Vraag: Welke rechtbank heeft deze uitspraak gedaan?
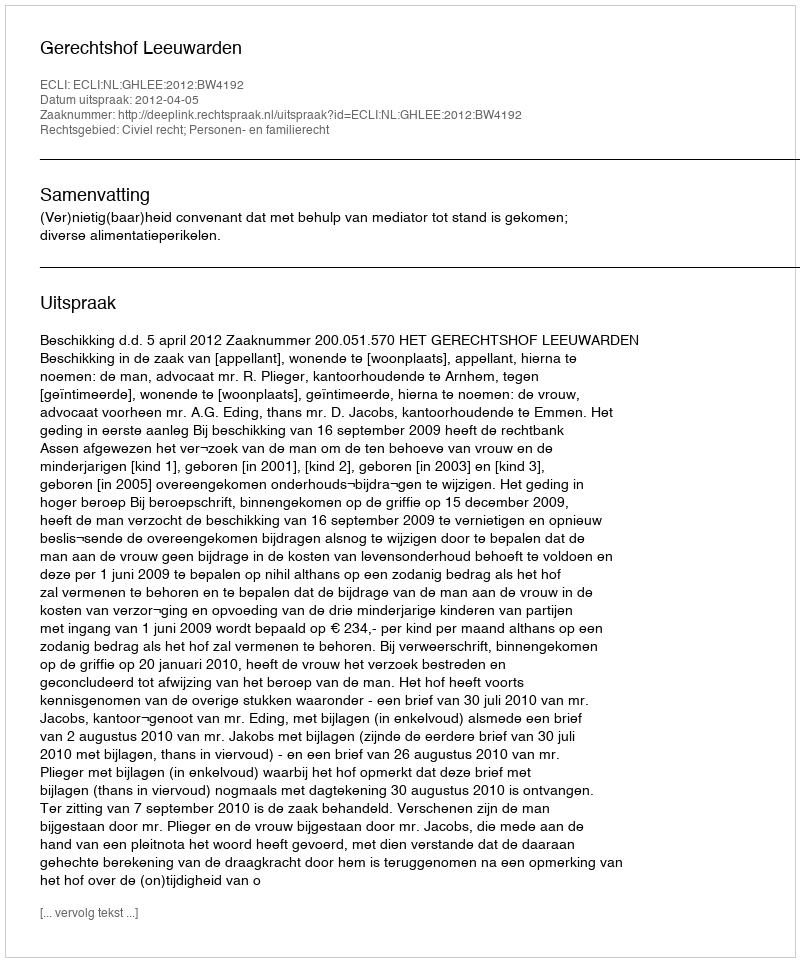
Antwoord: Gerechtshof Leeuwarden